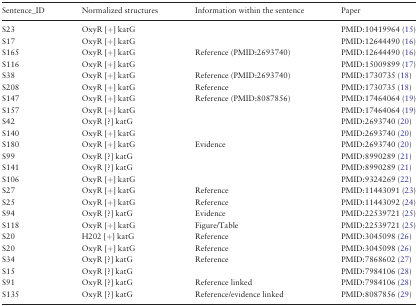
<table><thead><tr><td><b>Sentence_ID</b></td><td><b>Normalized structures</b></td><td><b>Information within the sentence</b></td><td><b>Paper</b></td></tr></thead><tbody><tr><td>S23</td><td>OxyR [+] katG</td><td></td><td>PMID:10419964 (15)</td></tr><tr><td>S17</td><td>OxyR [+] katG</td><td></td><td>PMID:12644490 (16)</td></tr><tr><td>S165</td><td>OxyR [+] katG</td><td>Reference (PMID:2693740)</td><td>PMID:12644490 (16)</td></tr><tr><td>S116</td><td>OxyR [+] katG</td><td></td><td>PMID:15009899 (17)</td></tr><tr><td>S38</td><td>OxyR [+] katG</td><td>Reference (PMID:2693740)</td><td>PMID:1730735 (18)</td></tr><tr><td>S208</td><td>OxyR [+] katG</td><td>Reference</td><td>PMID:1730735 (18)</td></tr><tr><td>S147</td><td>OxyR [+] katG</td><td>Reference (PMID:8087856)</td><td>PMID:17464064 (19)</td></tr><tr><td>S157</td><td>OxyR [+] katG</td><td></td><td>PMID:17464064 (19)</td></tr><tr><td>S42</td><td>OxyR [?] katG</td><td></td><td>PMID:2693740 (20)</td></tr><tr><td>S140</td><td>OxyR [+] katG</td><td></td><td>PMID:2693740 (20)</td></tr><tr><td>S180</td><td>OxyR [+] katG</td><td>Evidence</td><td>PMID:2693740 (20)</td></tr><tr><td>S99</td><td>OxyR [?] katG</td><td></td><td>PMID:8990289 (21)</td></tr><tr><td>S141</td><td>OxyR [?] katG</td><td></td><td>PMID:8990289 (21)</td></tr><tr><td>S106</td><td>OxyR [+] katG</td><td></td><td>PMID:9324269 (22)</td></tr><tr><td>S27</td><td>OxyR [+] katG</td><td>Reference</td><td>PMID:11443091 (23)</td></tr><tr><td>S25</td><td>OxyR [+] katG</td><td>Reference</td><td>PMID:11443092 (24)</td></tr><tr><td>S94</td><td>OxyR [?] katG</td><td>Evidence</td><td>PMID:22539721 (25)</td></tr><tr><td>S118</td><td>OxyR [+] katG</td><td>Figure/Table</td><td>PMID:22539721 (25)</td></tr><tr><td>S20</td><td>H202 [+] katG</td><td>Reference</td><td>PMID:3045098 (26)</td></tr><tr><td>S20</td><td>OxyR [+] katG</td><td>Reference</td><td>PMID:3045098 (26)</td></tr><tr><td>S34</td><td>OxyR [?] katG</td><td>Reference</td><td>PMID:7868602 (27)</td></tr><tr><td>S15</td><td>OxyR [?] katG</td><td></td><td>PMID:7984106 (28)</td></tr><tr><td>S91</td><td>OxyR [?] katG</td><td>Reference linked</td><td>PMID:7984106 (28)</td></tr><tr><td>S135</td><td>OxyR [?] katG</td><td>Reference/evidence linked</td><td>PMID:8087856 (29)</td></tr></tbody></table>